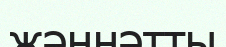
жәннәтты